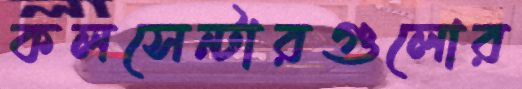
কলসেন্টারগুলোর